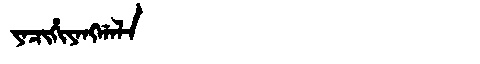
Manchu: ᠶᠠᠴᡳᡥᡳᠶᠠᠩᡤᠠᠯᠠ
Romanization: YACIHIYANGGALA